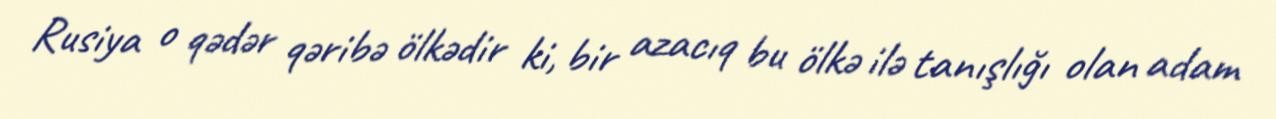
Rusiya o qədər qəribə ölkədir ki, bir azacıq bu ölkə ilə tanışlığı olan adam